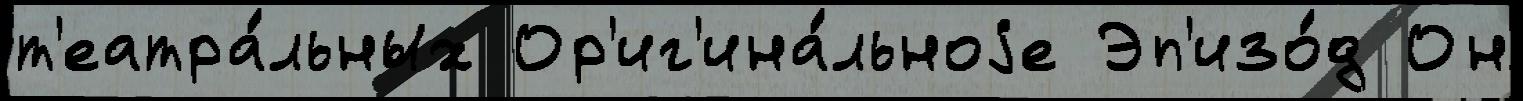
т'еатра́льных Ор'иг'ина́льноjе Эп'изо́д Он